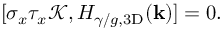
\begin{array} { r } { [ \sigma _ { x } \tau _ { x } \mathcal { K } , H _ { \gamma / g , \mathrm { 3 D } } ( \mathbf { k } ) ] = 0 . } \end{array}